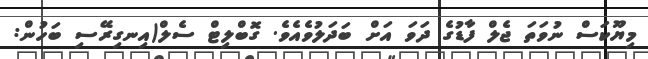
މިޔޫކަސް ނުވަތަ ޖެލް ފާޑުގެ ދަވަ އަށް ބަދަލުވެއެވެ. ގޮބްލިޓް ސެލް(އިނގިރޭސި ބަހުން: